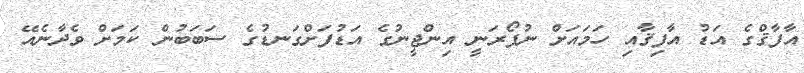
އާފާޤްގެ އަޑު އާފިޤާއި ހަމައަށް ނުފޯރަނީ އިންޖީނުގެ އަޑުފަށްގަނޑުގެ ސަބަބުން ކަމަށް ވެދާނެއޭ